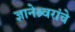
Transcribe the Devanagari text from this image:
ज्ञानेश्र्वरांचे